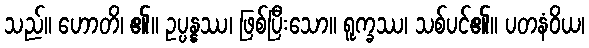
သည်။ ဟောတိ၊ ၏။ ဥပ္ပန္နဿ၊ ဖြစ်ပြီးသော။ ရူက္ခဿ၊ သစ်ပင်၏။ ပတနံဝိယ၊